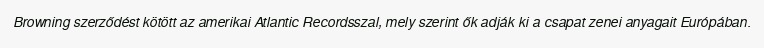
Browning szerződést kötött az amerikai Atlantic Recordsszal, mely szerint ők adják ki a csapat zenei anyagait Európában.